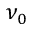
\nu _ { 0 }